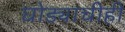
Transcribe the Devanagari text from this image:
घोड्याचीही